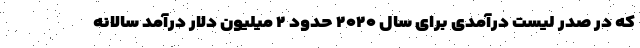
که در صدر لیست درآمدی برای سال ۲۰۲۰ حدود ۲ میلیون دلار درآمد سالانه